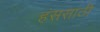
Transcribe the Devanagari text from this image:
हंससाठी